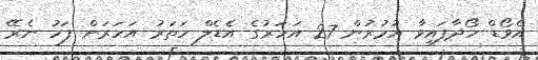
އެވޯޑް ހޯދާފައިވާ އުމުރުން 27 އަހަރުގެ އެޑެލް ހަތަރު އަހަރަށް ފަހު ނެރޭ